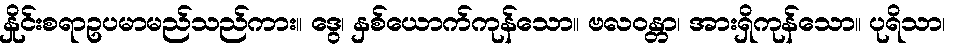
နှိုင်းစရာဥပမာမည်သည်ကား။ ဒွေ၊ နှစ်ယောက်ကုန်သော။ ဗလဝန္တာ၊ အားရှိကုန်သော။ ပုရိသာ၊